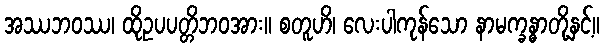
အဿဘဝဿ၊ ထိုဥပပတ္တိဘဝအား။ စတူဟိ၊ လေးပါကုန်သော နာမက္ခန္ဓာတို့နှင့်။